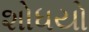
શોધયો